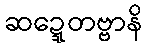
ဆဍ္ဍေတဗ္ဗာနိ